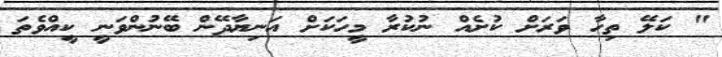
" ކަލޭ ތިހާ ވަރަށް ކުށެއް ނުކުރާ މީހަކަށް އަނިޔާދޭން ބޭނުންވަނީ ކީއްވެތަ